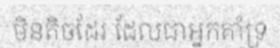
មិនតិចដែរ ដែលជាអ្នកគាំទ្រ